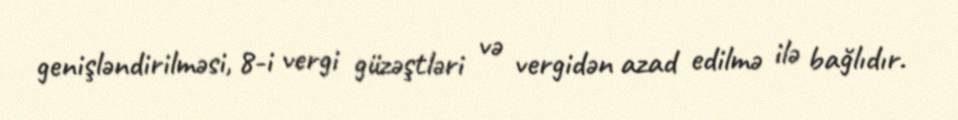
genişləndirilməsi, 8-i vergi güzəştləri və vergidən azad edilmə ilə bağlıdır.